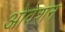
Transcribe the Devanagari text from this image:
ओवेशन